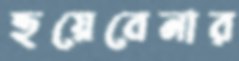
হুয়েবেনার